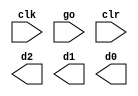
module stopwatch_bcdCounter
	(
	input wire clk,
	input wire go, clr,
	output wire [3:0] d2,d1,d0
	);

	// Declarations Begin
	localparam DVSR = 5000000;
	reg [22:0] ms_reg;
	wire [22:0] ms_next;
	reg [3:0] d2_reg, d1_reg, d0_reg;
	reg [3:0] d2_next, d1_next, d0_next;
	wire ms_tick;
	
	// Register
	always @ (posedge clk)
	begin
		ms_reg <= ms_next;
		d2_reg <= d2_next;
		d1_reg <= d1_next;
		d0_reg <= d0_next;
	end		
	// Next-State Logic
	
	assign ms_next = (clr || (ms_reg==DVSR && go)) ? 4'b0 :
							(go) ? ms_reg <= ms_reg + 1 :
												ms_reg;
	
	assign ms_tick = (ms_reg == DVSR) ? 1'b1 : 1'b0;
	
	// 3-digit bcd counter
	always @ *
	begin
			// DEFAULT CASE
		d0_next = d0_reg;
		d1_next = d1_reg;
		d2_next = d2_reg;
		if(clr)
		begin
			d0_next = 4'b0;
			d1_next = 4'b0;
			d2_next = 4'b0;
		end
		else
		if (ms_tick)
			if (d0_reg != 9)
				d0_next = d0_reg + 1;
			else // which means if d0_reg = 9 so we have X X 9
			begin
				d0_next = 4'b0;
				if(d1_reg != 9)
					d1_next = d1_reg +1;
				else // which means d1_reg = 9 so we are in the situation x 9 9
				begin
					d1_next = 4'b0;
					if(d2_reg != 9)
						d2_next = d2_reg + 1;
					else // Which means we are in the 9 9 9 situation
						d2_next = 4'b0;
			end
		end
	end
	
	// Output
	
	

endmodule